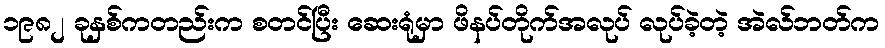
၁၉၈၂ ခုနှစ်ကတည်းက စတင်ပြီး ဆေးရုံမှာ ဖိနပ်တိုက်အလုပ် လုပ်ခဲ့တဲ့ အဲလ်ဘတ်က